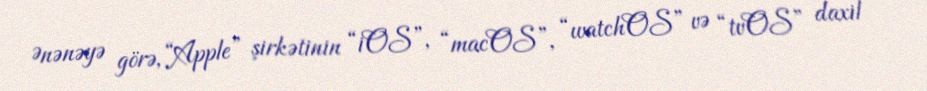
Ənənəyə görə, “Apple” şirkətinin “iOS”, “macOS”, “watchOS” və “tvOS” daxil